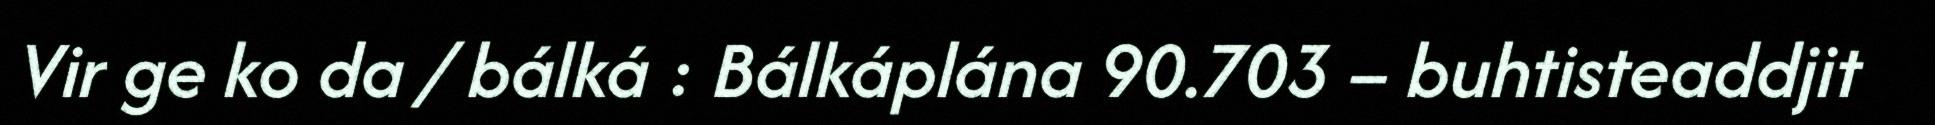
Vir ge ko da / bálká : Bálkáplána 90.703 – buhtisteaddjit